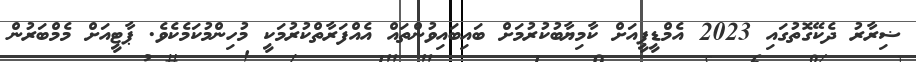
ޟިރާރު ދެކޭގޮތުގައި 2023 އެމްޑީޕީއަށް ކާމިޔާބުކުރުމަށް ބައިބައިވުންތައް އެއްފަރާތްކުރުމަކީ މުހިންމުކަމެކެވެ. ޕާޓީއަށް މެމްބަރުން